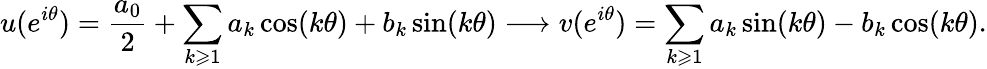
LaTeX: u(e^{i\theta})={\frac{a_{0}}{2}}+\sum_{k\geqslant 1}a_{k}\cos(k\theta)+b_{k}\sin(k\theta)\longrightarrow v(e^{i\theta})=\sum_{k\geqslant 1}a_{k}\sin(k\theta)-b_{k}\cos(k\theta).